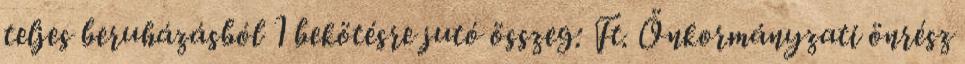
teljes beruházásból 1 bekötésre jutó összeg: Ft. Önkormányzati önrész